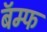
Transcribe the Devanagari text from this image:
बॅम्फ